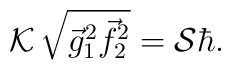
{\cal K}\,\sqrt{{\vec g}_1^{ 2} {\vec f}_2^{ 2}}={\cal S}{\hbar}.